Report of the Hyderabad Chloroform Commission
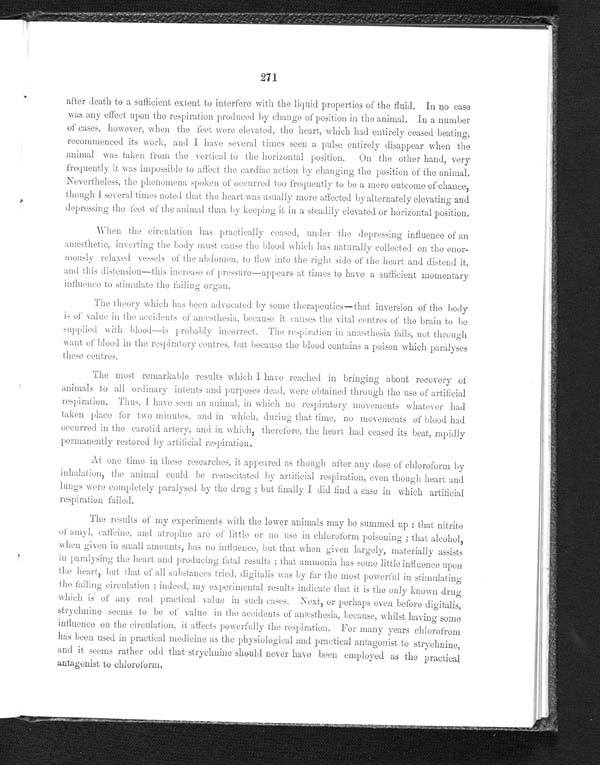
271
after death to a sufficient extent to interfere with the liquid properties of the fluid. In no case
was any effect upon the respiration produced by change of position in the animal. In a number
of cases, however, when the feet were elevated, the heart, which had entirely ceased beating,
recommenced its work, and I have several times seen a pulse entirely disappear when the
animal was taken from the vertical to the horizontal position. On the other hand, very
frequently it was impossible to affect the cardiac action by changing the position of the animal.
Nevertheless, the phenomena spoken of occurred too frequently to be a mere outcome of chance,
though I several times noted that the heart was usually more affected by alternately elevating and
depressing the feet of the animal than by keeping it in a steadily elevated or horizontal position.
When the circulation has practically ceased, under the depressing influence of an
anæsthetic, inverting the body must cause the blood which has naturally collected on the enor--
mously relaxed vessels of the abdomen, to flow into the right side of the heart and distend it,
and this distension—this increase of pressure—appears at times to have a sufficient momentary
influence to stimulate the failing organ.
The theory which has been advocated by some therapeutics—that inversion of the body
is of value in the accidents of anæsthesia, because it causes the vital centres of the brain to be
supplied with blood—is probably incorrect. The respiration in anæsthesia fails, not through
want of blood in the respiratory centres, but because the blood contains a poison which paralyses
these centres.
The most remarkable results which I have reached in bringing about recovery of
animals to all ordinary intents and purposes dead, were obtained through the use of artificial
respiration. Thus, I have seen an animal, in which no respiratory movements whatever had
taken place for two minutes, and in which, during that time, no movements of blood had
occurred in the carotid artery, and in which, therefore, the heart had ceased its beat, rapidly
permanently restored by artificial respiration.
At one time in these researches, it appeared as though after any dose of chloroform by
inhalation, the animal could be resuscitated by artificial respiration, even though heart and
lungs were completely paralysed by the drug; but finally I did find a case in which artificial
respiration failed.
The results of my experiments with the lower animals may be summed up: that nitrite
of amyl, caffeine, and atropine are of little or no use in chloroform poisoning; that alcohol,
when given in small amounts, has no influence, but that when given largely, materially assists
in paralysing the heart and producing fatal results; that ammonia has some little influence upon
the heart, but that of all substances tried, digitalis was by far the most powerful in stimulating
the failing circulation; indeed, my experimental results indicate that it is the only known drug
which is of any real practical value in such cases. Next, or perhaps even before digitalis,
strychnine seems to be of value in the accidents of anæsthesia, because, whilst having some
influence on the circulation, it affects powerfully the respiration. For many years chlorofrom
has been used in practical medicine as the physiological and practical antagonist to strychnine,
and it seems rather odd that strychnine should never have been employed as the practical
antagonist to chloroform.